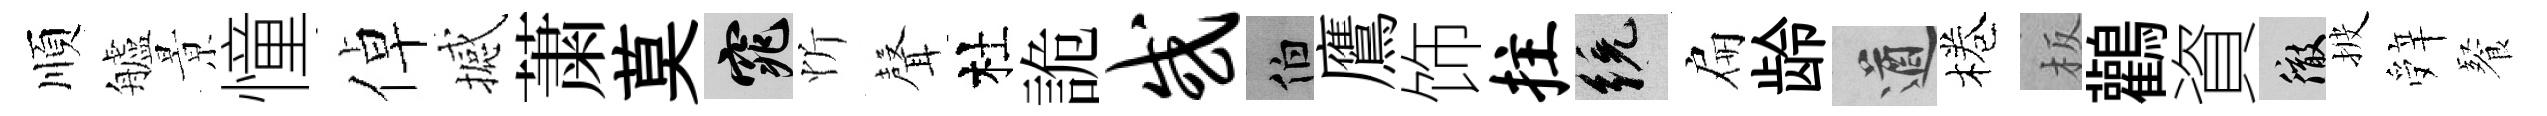
順艫㬌憧倬撼䔥莫窕忻𮋻杜詭或伯鷹饰拄統扁龄遒棬板鸛資徹披辤餐